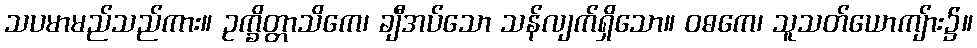
သပမာမည်သည်ကား။ ဥက္ခိတ္တာသိကေ၊ ချီအပ်သော သန်လျက်ရှိသော။ ဝဓကေ၊ သူသတ်ယောကျ်ား၌။